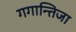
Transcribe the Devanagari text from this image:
गगान्तिजा